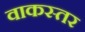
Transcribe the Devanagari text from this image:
वाकस्तर